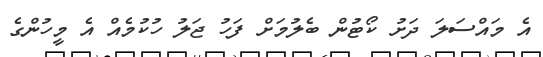
އެ މައްސަލަ ދަށު ކޯޓުން ބެލުމަށް ފަހު ޖަލު ހުކުމެއް އެ މީހުންގެ